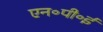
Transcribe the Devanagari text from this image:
एन॰पी॰ई